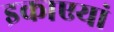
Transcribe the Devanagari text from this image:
इकाएयां